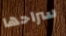
سراحها